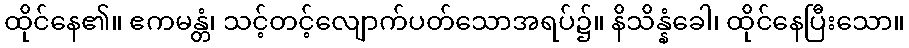
ထိုင်နေ၏။ ဧကမန္တံ၊ သင့်တင့်လျောက်ပတ်သောအရပ်၌။ နိသိန္နံခေါ၊ ထိုင်နေပြီးသော။